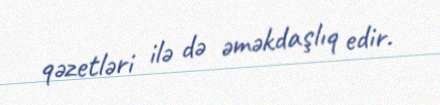
qəzetləri ilə də əməkdaşlıq edir.